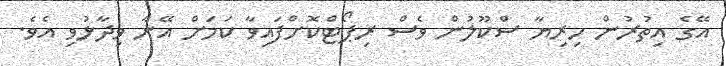
އޭގެ އިތުރުން ހިރިޔާ ސްކޫލުން ވެސް ރިޕޯޓްކޮށްފައިވާ ކަމަށް އޭނާ ވިދާޅުވި އެވެ.